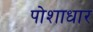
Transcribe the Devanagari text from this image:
पोशाधार